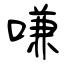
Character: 嗛